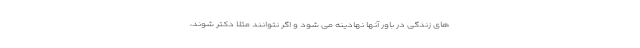
های زندگی در باور آنها نهادینه می شود و اگر نتوانند مثلاً دکتر شوند،